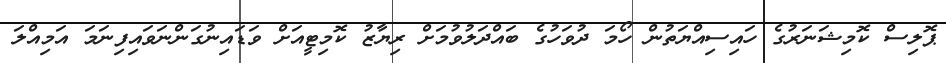
ޕޮލިސް ކޮމިޝަނަރުގެ ހައިސިއްޔަތުން ހޯމަ ދުވަހުގެ ބައްދަލުވުމަށް ރިޔާޒު ކޮމިޓީއަށް ވަޑައިނުގަންނަވައިފިނަމަ އަމިއްލަ